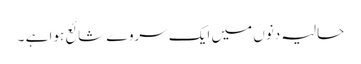
حالیہ دنوں میں ایک سروے شائع ہوا ہے ۔